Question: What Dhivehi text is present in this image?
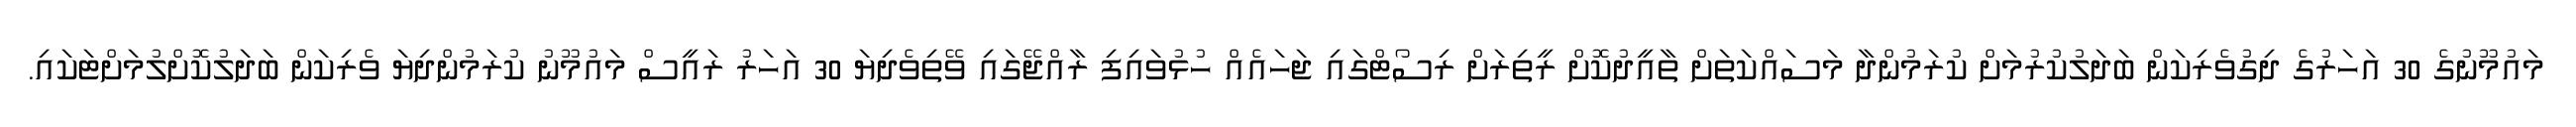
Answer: މައުމޫނުގެ 30 އަހަރުގެ ދިގުވެރިކަން ބަދަލުކުރުމަށް ކުރަމުންދާ މަސައްކަތަށް ތާއީދުކޮށް ރީތިރަށް ރިސޯޓްގައި ޖަހައެއް ހުޅުވައިފި ރާއްޖޭގައި ވޭތިވެދިޔަ 30 އަހަރު ރައީސް މައުމޫނު ކުރަމުންދިޔަ ވެރިކަން ބަދަލުކޮށްލުމަށްޓަކައި.